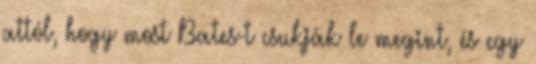
attól, hogy most Bates-t csukják le megint, és egy